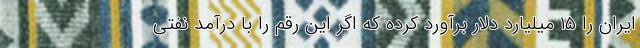
ایران را ١٥ ‌میلیارد دلار برآورد کرده که اگر این رقم را با درآمد نفتی